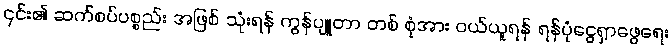
၎င်း၏ ဆက်စပ်ပစ္စည်း အဖြစ် သုံးရန် ကွန်ပျူတာ တစ် စုံအား ဝယ်ယူရန် ရန်ပုံငွေရှာဖွေရေး